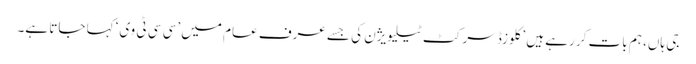
جی ہاں، ہم بات کر رہے ہیں ’کلوزڈ سرکٹ ٹیلیویژن کی جسے عرف عام میں ’سی سی ٹی وی‘ کہا جاتا ہے۔